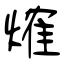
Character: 𤌍